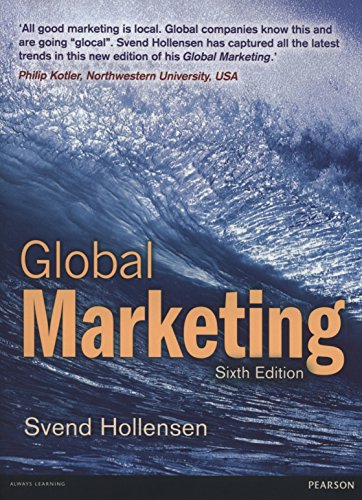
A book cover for Global Marketing (6th Edition); Svend Hollensen; Business & Money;